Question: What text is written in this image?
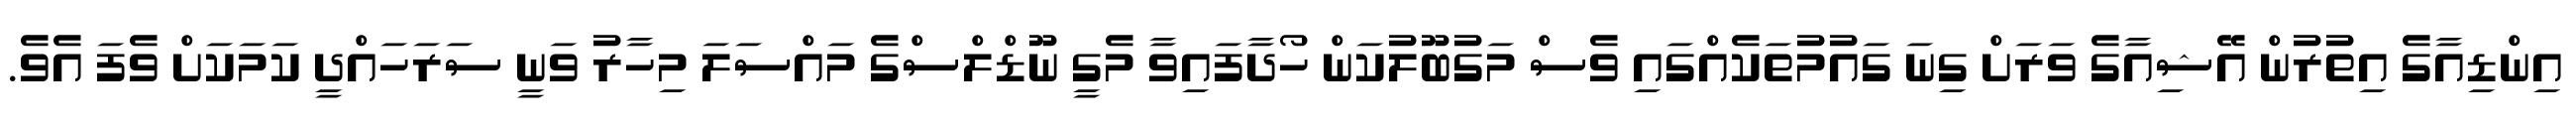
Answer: އިންޑިއާގެ އިތުރުން އޭޝިއާގެ ވަރަށް ގިނަ ގައުމުތަކެއްގައި ވެސް މަގުބޫލުކަން ހޯދާފައިވާ މެގީ ނޫޑްލްސްގެ މައްސަލަ މިހާރު ވަނީ ސަރަހައްދީ ކަމަކަށް ވެފަ އެވެ.